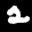
Digit: 2